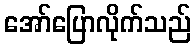
အော်ပြောလိုက်သည်